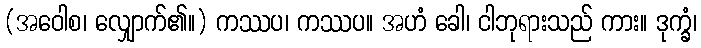
(အဝေါစ၊ လျှောက်၏။) ကဿပ၊ ကဿပ။ အဟံ ခေါ၊ ငါဘုရားသည် ကား။ ဒုက္ခံ၊